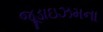
જૂડાઇઝમના